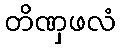
တိဏှဖလံ